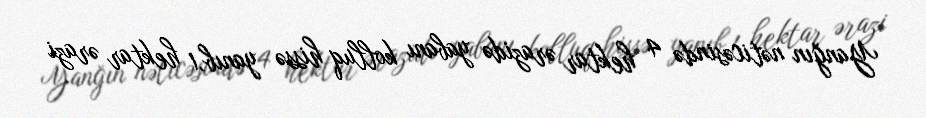
Yanğın nəticəsində 4 hektar ərazidə yabanı kolluq hissə yanıb,1 hektar ərazi